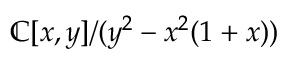
\mathbb { C } [ x , y ] / ( y ^ { 2 } - x ^ { 2 } ( 1 + x ) )